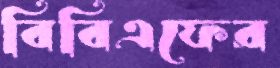
বিবিএফের